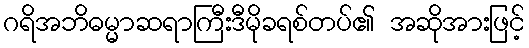
ဂရိအဘိဓမ္မာဆရာကြီးဒီမိုခရစ်တပ်၏ အဆိုအားဖြင့်